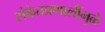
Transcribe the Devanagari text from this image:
संकेतप्रणालींमुळे